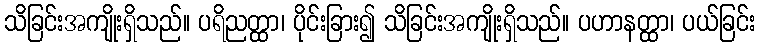
သိခြင်းအကျိုးရှိသည်။ ပရိညတ္ထာ၊ ပိုင်းခြား၍ သိခြင်းအကျိုးရှိသည်။ ပဟာနတ္ထာ၊ ပယ်ခြင်း